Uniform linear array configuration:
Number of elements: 4
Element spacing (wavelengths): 0.5
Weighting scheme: cosine
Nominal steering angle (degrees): -60
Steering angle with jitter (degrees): -58.305
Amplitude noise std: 0.05
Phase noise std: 0.05

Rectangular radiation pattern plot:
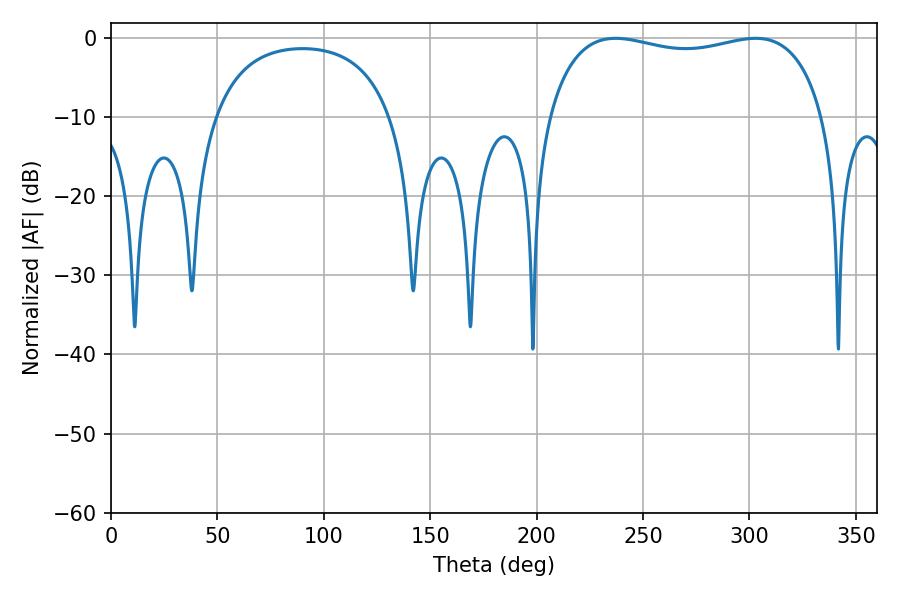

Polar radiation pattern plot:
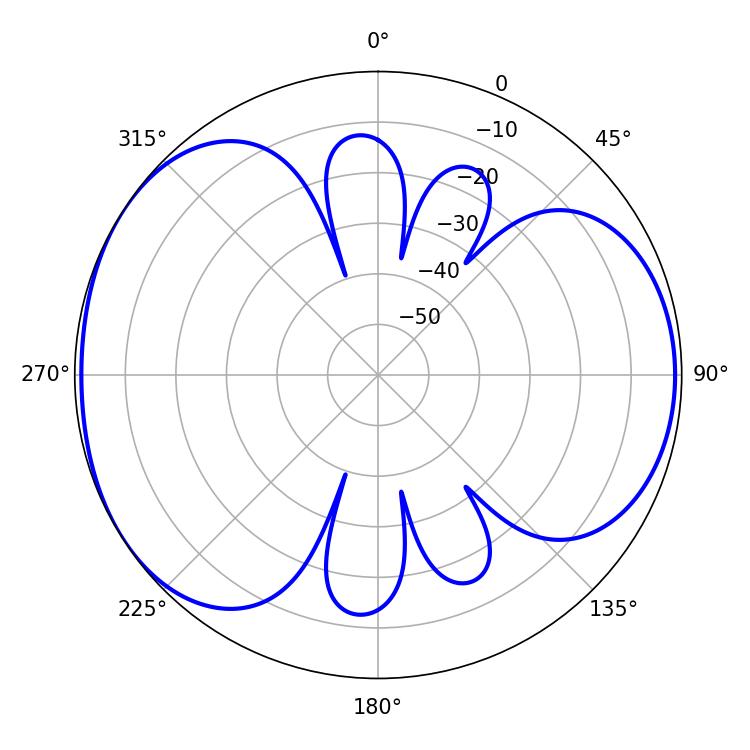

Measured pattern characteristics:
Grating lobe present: FALSE
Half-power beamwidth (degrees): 105.84
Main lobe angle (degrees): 237.06